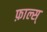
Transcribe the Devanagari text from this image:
फ़ाल्स्